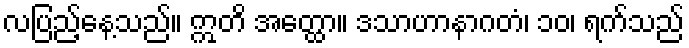
လပြည့်နေ့သည်။ ဣတိ အတ္ထော။ ဒသာဟာနာဂတံ၊ ၁၀၊ ရက်သည်